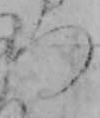
つ